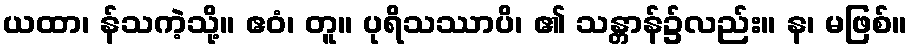
ယထာ၊ န်သကဲ့သို့။ ဧဝံ၊ တူ။ ပုရိသဿာပိ၊ ၏ သန္တာန်၌လည်း။ န၊ မဖြစ်။